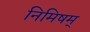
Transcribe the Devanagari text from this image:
निमिषम्